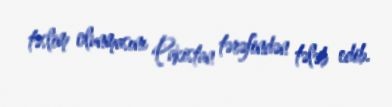
təslim olunmasını Pakistan tərəfindən tələb edib.